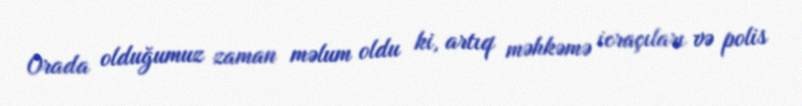
Orada olduğumuz zaman məlum oldu ki, artıq məhkəmə icraçıları və polis